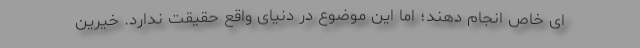
ای خاص انجام دهند؛ اما این موضوع در دنیای واقع حقیقت ندارد. خیرین